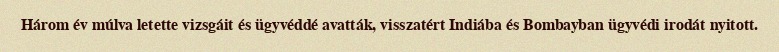
Három év múlva letette vizsgáit és ügyvéddé avatták, visszatért Indiába és Bombayban ügyvédi irodát nyitott.